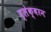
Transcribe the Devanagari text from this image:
ब्लेक्बरन